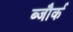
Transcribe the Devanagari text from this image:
ब्जौर्क